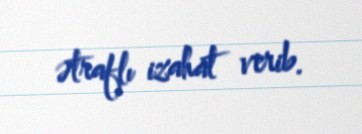
ətraflı izahat verib.